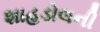
શાહડોલની